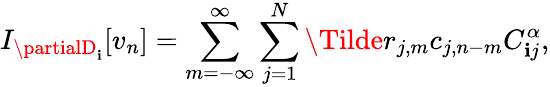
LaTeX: I_{\partialD_{\mathbf{i}}}[v_{n}]=\sum_{m=-\infty}^{\infty}\sum_{j=1}^{N}\Tilde{r}_{j,m}c_{j,n-m}C_{\mathbf{i}j}^{\alpha},